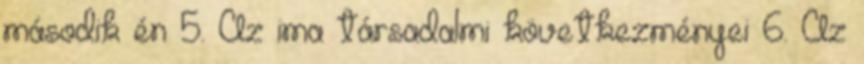
második én 5. Az ima társadalmi következményei 6. Az